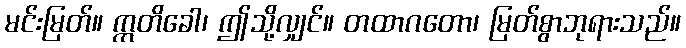
မင်းမြတ်။ ဣတိခေါ၊ ဤသို့လျှင်။ တထာဂတော၊ မြတ်စွာဘုရားသည်။